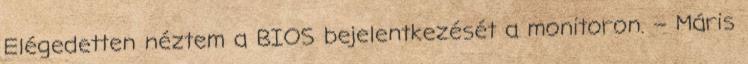
Elégedetten néztem a BIOS bejelentkezését a monitoron. – Máris